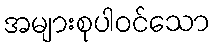
အများစုပါဝင်သော